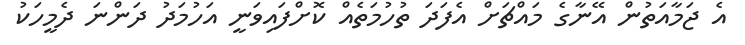
އެ ޖަމާއަތުން އޭނާގެ މައްޗަށް އެފަދަ ތުހުމަތެއް ކޮށްފައިވަނީ އަހުމަދު ދަންނަ ދެމީހަކު